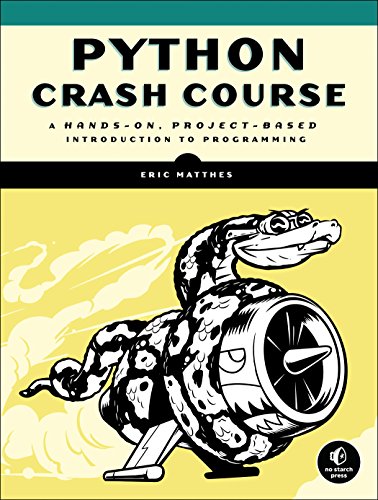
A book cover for Python Crash Course: A Hands-On, Project-Based Introduction to Programming; Eric Matthes; Computers & Technology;